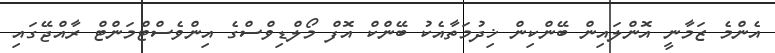
އެންމެ ޒަމާނީ އޮންލައިން ބޭންކިން ޚިދުމަތާއެކު ބޭންކް އޮފް މޯލްޑިވްސްގެ އިންވެސްޓްމަންޓް ރާއްޖޭގައި